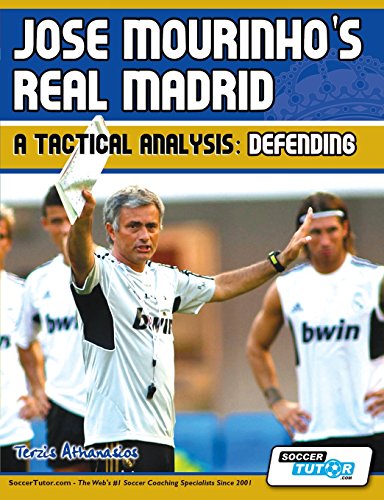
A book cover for Jose Mourinho's Real Madrid - A Tactical Analysis: Defending; Terzis Athanasios; Sports & Outdoors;